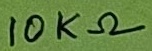
Text: 10KΩ